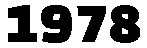
1978